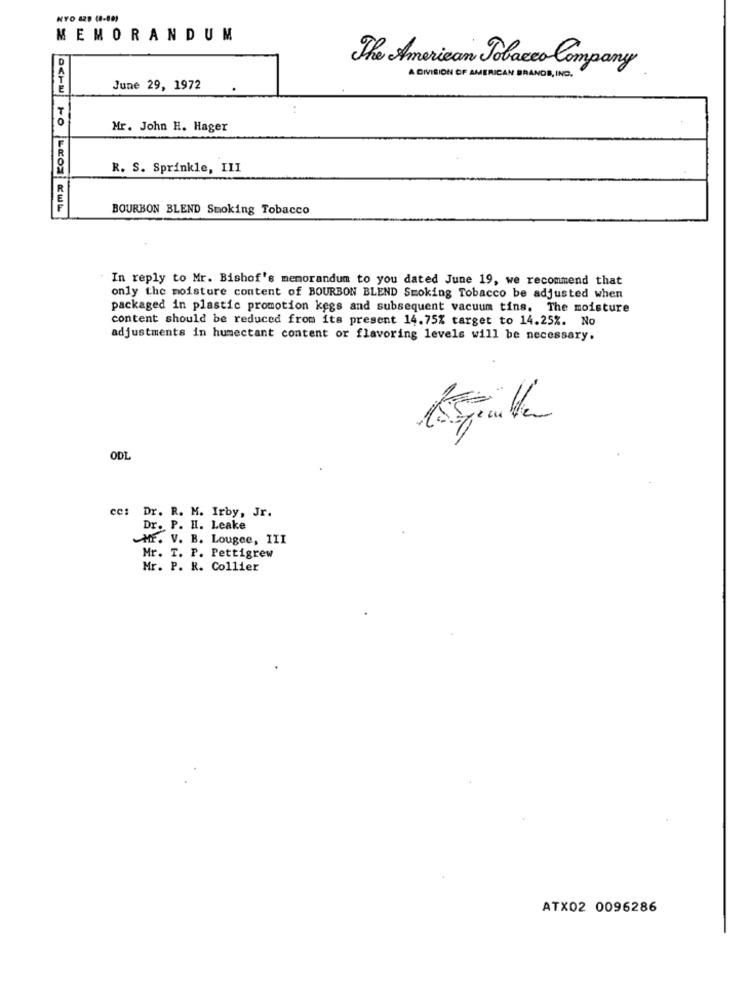
NYO 425 (8-80)
MEMORANDUM
The American Tobacco Company
A DIVISION OF AMERICAN BRANDS, INC.
June 29, 1972
Mr. John H. Hager
R. S. Sprinkle, III
OCHU NO KROS KWL
BOURBON BLEND Smoking Tobacco
In reply to Mr. Bishof's memorandum to you dated June 19, we recommend that
only the moisture content of BOURBON BLEND Smoking Tobacco be adjusted when
packaged in plastic promotion kegs and subsequent vacuum tins. The moisture
content should be reduced from its present 14.75% target to 14.25%. No
adjustments in humectant content or flavoring levels will be necessary.
ODL
cc: Dr. R. M. Irby, Jr.
Dr. P. H. Leake
MF. V. B. Lougee, III
Mr. T. P. Pettigrew
Mr. P. R. Collier
ATX02 0096286